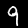
Label: 9